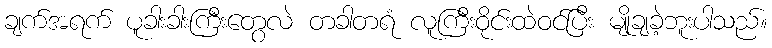
ချက်အရက် ပူခါးခါးကြီးတွေလဲ တခါတရံ လူကြီးဝိုင်းထဲဝင်ပြီး မျိုချခဲ့ဘူးပါသည်။